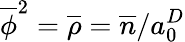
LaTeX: \overline{{\phi}}^{2}=\overline{{\rho}}=\overline{{n}}/a_{0}^{D}